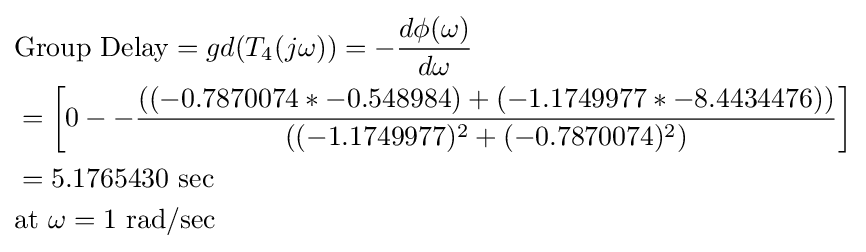
{\begin{aligned}&{\text{Group Delay}}=gd(T_{4}(j\omega ))=-{\frac {d\phi (\omega )}{d\omega }}\\&={\bigg [}0--{\frac {((-0.7870074*-0.548984)+(-1.1749977*-8.4434476))}{((-1.1749977)^{2}+(-0.7870074)^{2})}}{\bigg ]}\\&=5.1765430{\text{ sec}}\\&{\text{at }}\omega =1{\text{ rad/sec}}\end{aligned}}